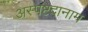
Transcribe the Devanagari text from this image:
अस्पष्टदानाम